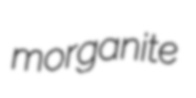
morganite